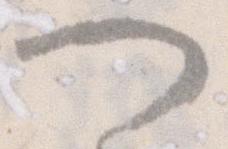
つ